Indian journal of veterinary science and animal husbandry - Volumes 18-21, 1948-1951
Year: 1948
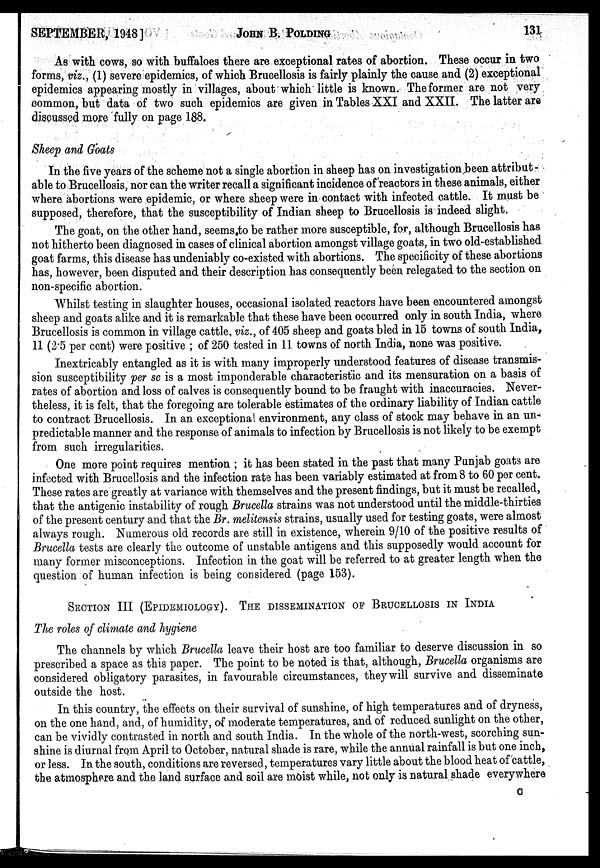
SEPTEMBER, 1948]
JOHN
B.
POLDING
131
As with cows, so with buffaloes there are exceptional rates of abortion. These occur in two
forms, viz., (1) severe epidemics, of which Brucellosis is fairly plainly the cause and (2) exceptional
epidemics appearing mostly in villages, about which little is known. The former are not very
common, but data of two such epidemics are given in Tables XXI and XXII. The latter are
discussed more fully on page 188.
Sheep and Goats
In the five years of the scheme not a single abortion in sheep has on investigation been attribut-
able to Brucellosis, nor can the writer recall a significant incidence of reactors in these animals, either
where abortions were epidemic, or where sheep were in contact with infected cattle. It must be
supposed, therefore, that the susceptibility of Indian sheep to Brucellosis is indeed slight.
The goat, on the other hand, seems to be rather more susceptible, for, although Brucellosis has
not hitherto been diagnosed in cases of clinical abortion amongst village goats, in two old-established
goat farms, this disease has undeniably co-existed with abortions. The specificity of these abortions
has, however, been disputed and their description has consequently been relegated to the section on
non-specific abortion.
Whilst testing in slaughter houses, occasional isolated reactors have been encountered amongst
sheep and goats alike and it is remarkable that these have been occurred only in south India, where
Brucellosis is common in village cattle, viz., of 405 sheep and goats bled in 15 towns of south India,
11 (2.5 per cent) were positive ; of 250 tested in 11 towns of north India, none was positive.
Inextricably entangled as it is with many improperly understood features of disease transmis-
sion susceptibility per se is a most imponderable characteristic and its mensuration on a basis of
rates of abortion and loss of calves is consequently bound to be fraught with inaccuracies. Never-
theless, it is felt, that the foregoing are tolerable estimates of the ordinary liability of Indian cattle
to contract Brucellosis. In an exceptiona environment, any class of stock may behave in an un-
predictable manner and the response of animals to infection by Brucellosis is not likely to be exempt
from such irregularities.
One more point requires mention ; it has been stated in the past that many Punjab goats are
infected with Brucellosis and the infection rate has been variably estimated at from 8 to 60 per cent.
These rates are greatly at variance with themselves and the present findings, but it must be recalled,
that the antigenic instability of rough Brucella strains was not understood until the middle-thirties
of the present century and that the Br. melitensis strains, usually used for testing goats, were almost
always rough. Numerous old records are still in existence, wherein 9/10 of the positive results of
Brucella tests are clearly the outcome of unstable antigens and this supposedly would account for
many former misconceptions. Infection in the goat will be referred to at greater length when the
question of human infection is being considered (page 153).
SECTION III (EPIDEMIOLOGY). THE DISSEMINATION OF BRUCELLOSIS IN INDIA
The roles of climate and hygiene
The channels by which Brucella leave their host are too familiar to deserve discussion in so
prescribed a space as this paper. The point to be noted is that, although, Brucella organisms are
considered obligatory parasites, in favourable circumstances, they will survive and disseminate
outside the host.
In this country, the effects on their survival of sunshine, of high temperatures and of dryness,
on the one hand, and, of humidity, of moderate temperatures, and of reduced sunlight on the other,
can be vividly contrasted in north and south India. In the whole of the north-west, scorching sun-
shine is diurnal from April to October, natural shade is rare, while the annual rainfall is but one inch,
or less. In the south, conditions are reversed, temperatures vary little about the blood heat of cattle,
the atmosphere and the land surface and soil are moist while, not only is natural shade everywhere
C